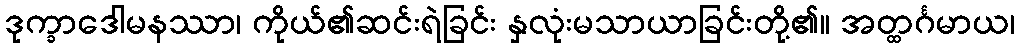
ဒုက္ခာဒေါမနဿာ၊ ကိုယ်၏ဆင်းရဲခြင်း နှလုံးမသာယာခြင်းတို့၏။ အတ္ထင်္ဂမာယ၊